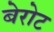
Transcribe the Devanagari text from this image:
बेरोट